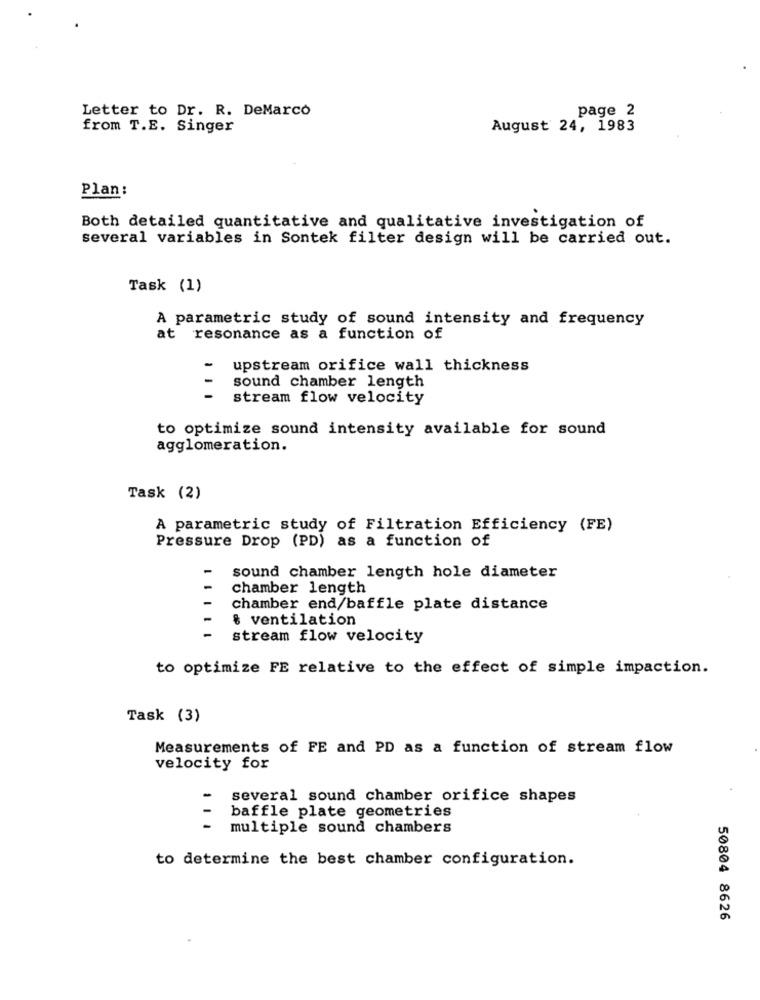
Letter to Dr. R. DeMarco
page 2
from T.E. Singer
August 24, 1983
Plan :
Both detailed quantitative and qualitative investigation of
several variables in Sontek filter design will be carried out.
Task (1)
A parametric study of sound intensity and frequency
at resonance as a function of
upstream orifice wall thickness
sound chamber length
stream flow velocity
to optimize sound intensity available for sound
agglomeration.
Task (2)
A parametric study of Filtration Efficiency (FE)
Pressure Drop (PD) as a function of
sound chamber length hole diameter
chamber length
chamber end/baffle plate distance
& ventilation
stream flow velocity
to optimize FE relative to the effect of simple impaction.
Task (3)
Measurements of FE and PD as a function of stream flow
velocity for
-
several sound chamber orifice shapes
baffle plate geometries
multiple sound chambers
to determine the best chamber configuration.
50804 8626